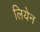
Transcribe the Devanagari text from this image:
लियेन